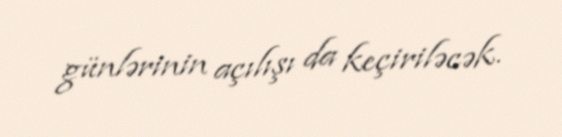
günlərinin açılışı da keçiriləcək.